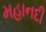
મહાનદી